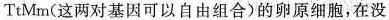
TtMm(这两对基因可以自由组合)的卵原细胞，在没